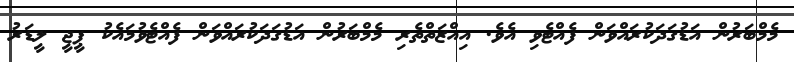
މެމްބަރުން އަޑުގަދަކުރައްވަން ފެއްޓެވި އެވެ. އިއްޒަތްތެރި މެމްބަރުން އަޑުގަދަކުރައްވަން ފެއްޓެވުމައެކު ޕީޖީ ލީޑަރު